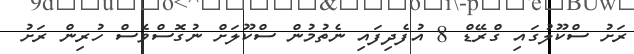
ރަށު ސްކޫލުގައި ގްރޭޑް 8 އުފެދިފައި ނެތުމުން ސްކޫލަށް ނުގޮސްވެސް ހުރިން ރަށު